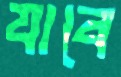
যাবে